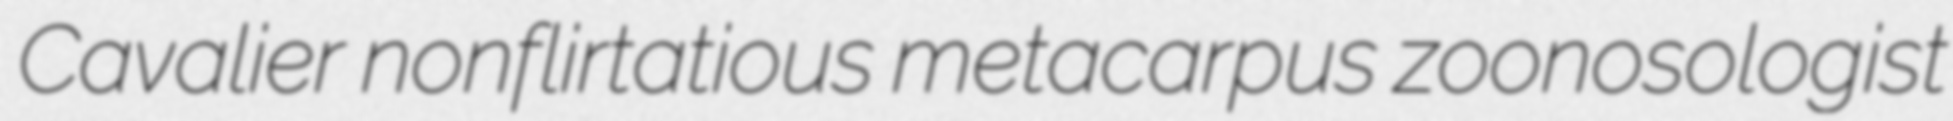
Cavalier nonflirtatious metacarpus zoonosologist